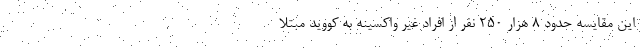
این مقایسه حدود 8 هزار 250 نفر از افراد غیر واکسینه به کووید مبتلا